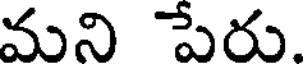
మని పేరు.